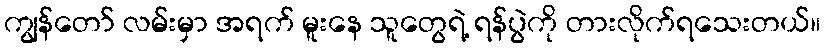
ကျွန်တော် လမ်းမှာ အရက် မူးနေ သူတွေရဲ့ ရန်ပွဲကို တားလိုက်ရသေးတယ်။